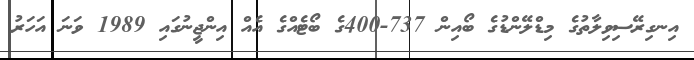
އިނގިރޭސިވިލާތުގެ މިޑްލޭންޑުގެ ބޯއިން 737-400ގެ ބޯޓެއްގެ އެއް އިންޖީނުގައި 1989 ވަނަ އަހަރު